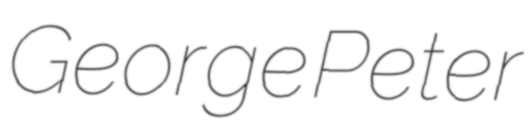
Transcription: George Peter